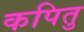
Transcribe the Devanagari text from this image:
कपितु